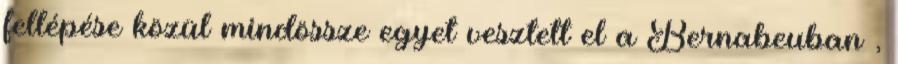
fellépése közül mindössze egyet vesztett el a Bernabeuban ,